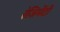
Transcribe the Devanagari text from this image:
रेजिमेंटी